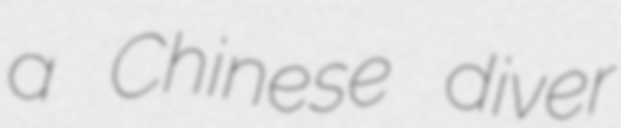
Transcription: a Chinese diver